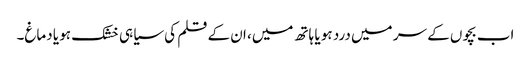
اب بچوں کے سر میں درد ہو یا ہاتھ میں، ان کے قلم کی سیاہی خشک ہو یا دماغ۔